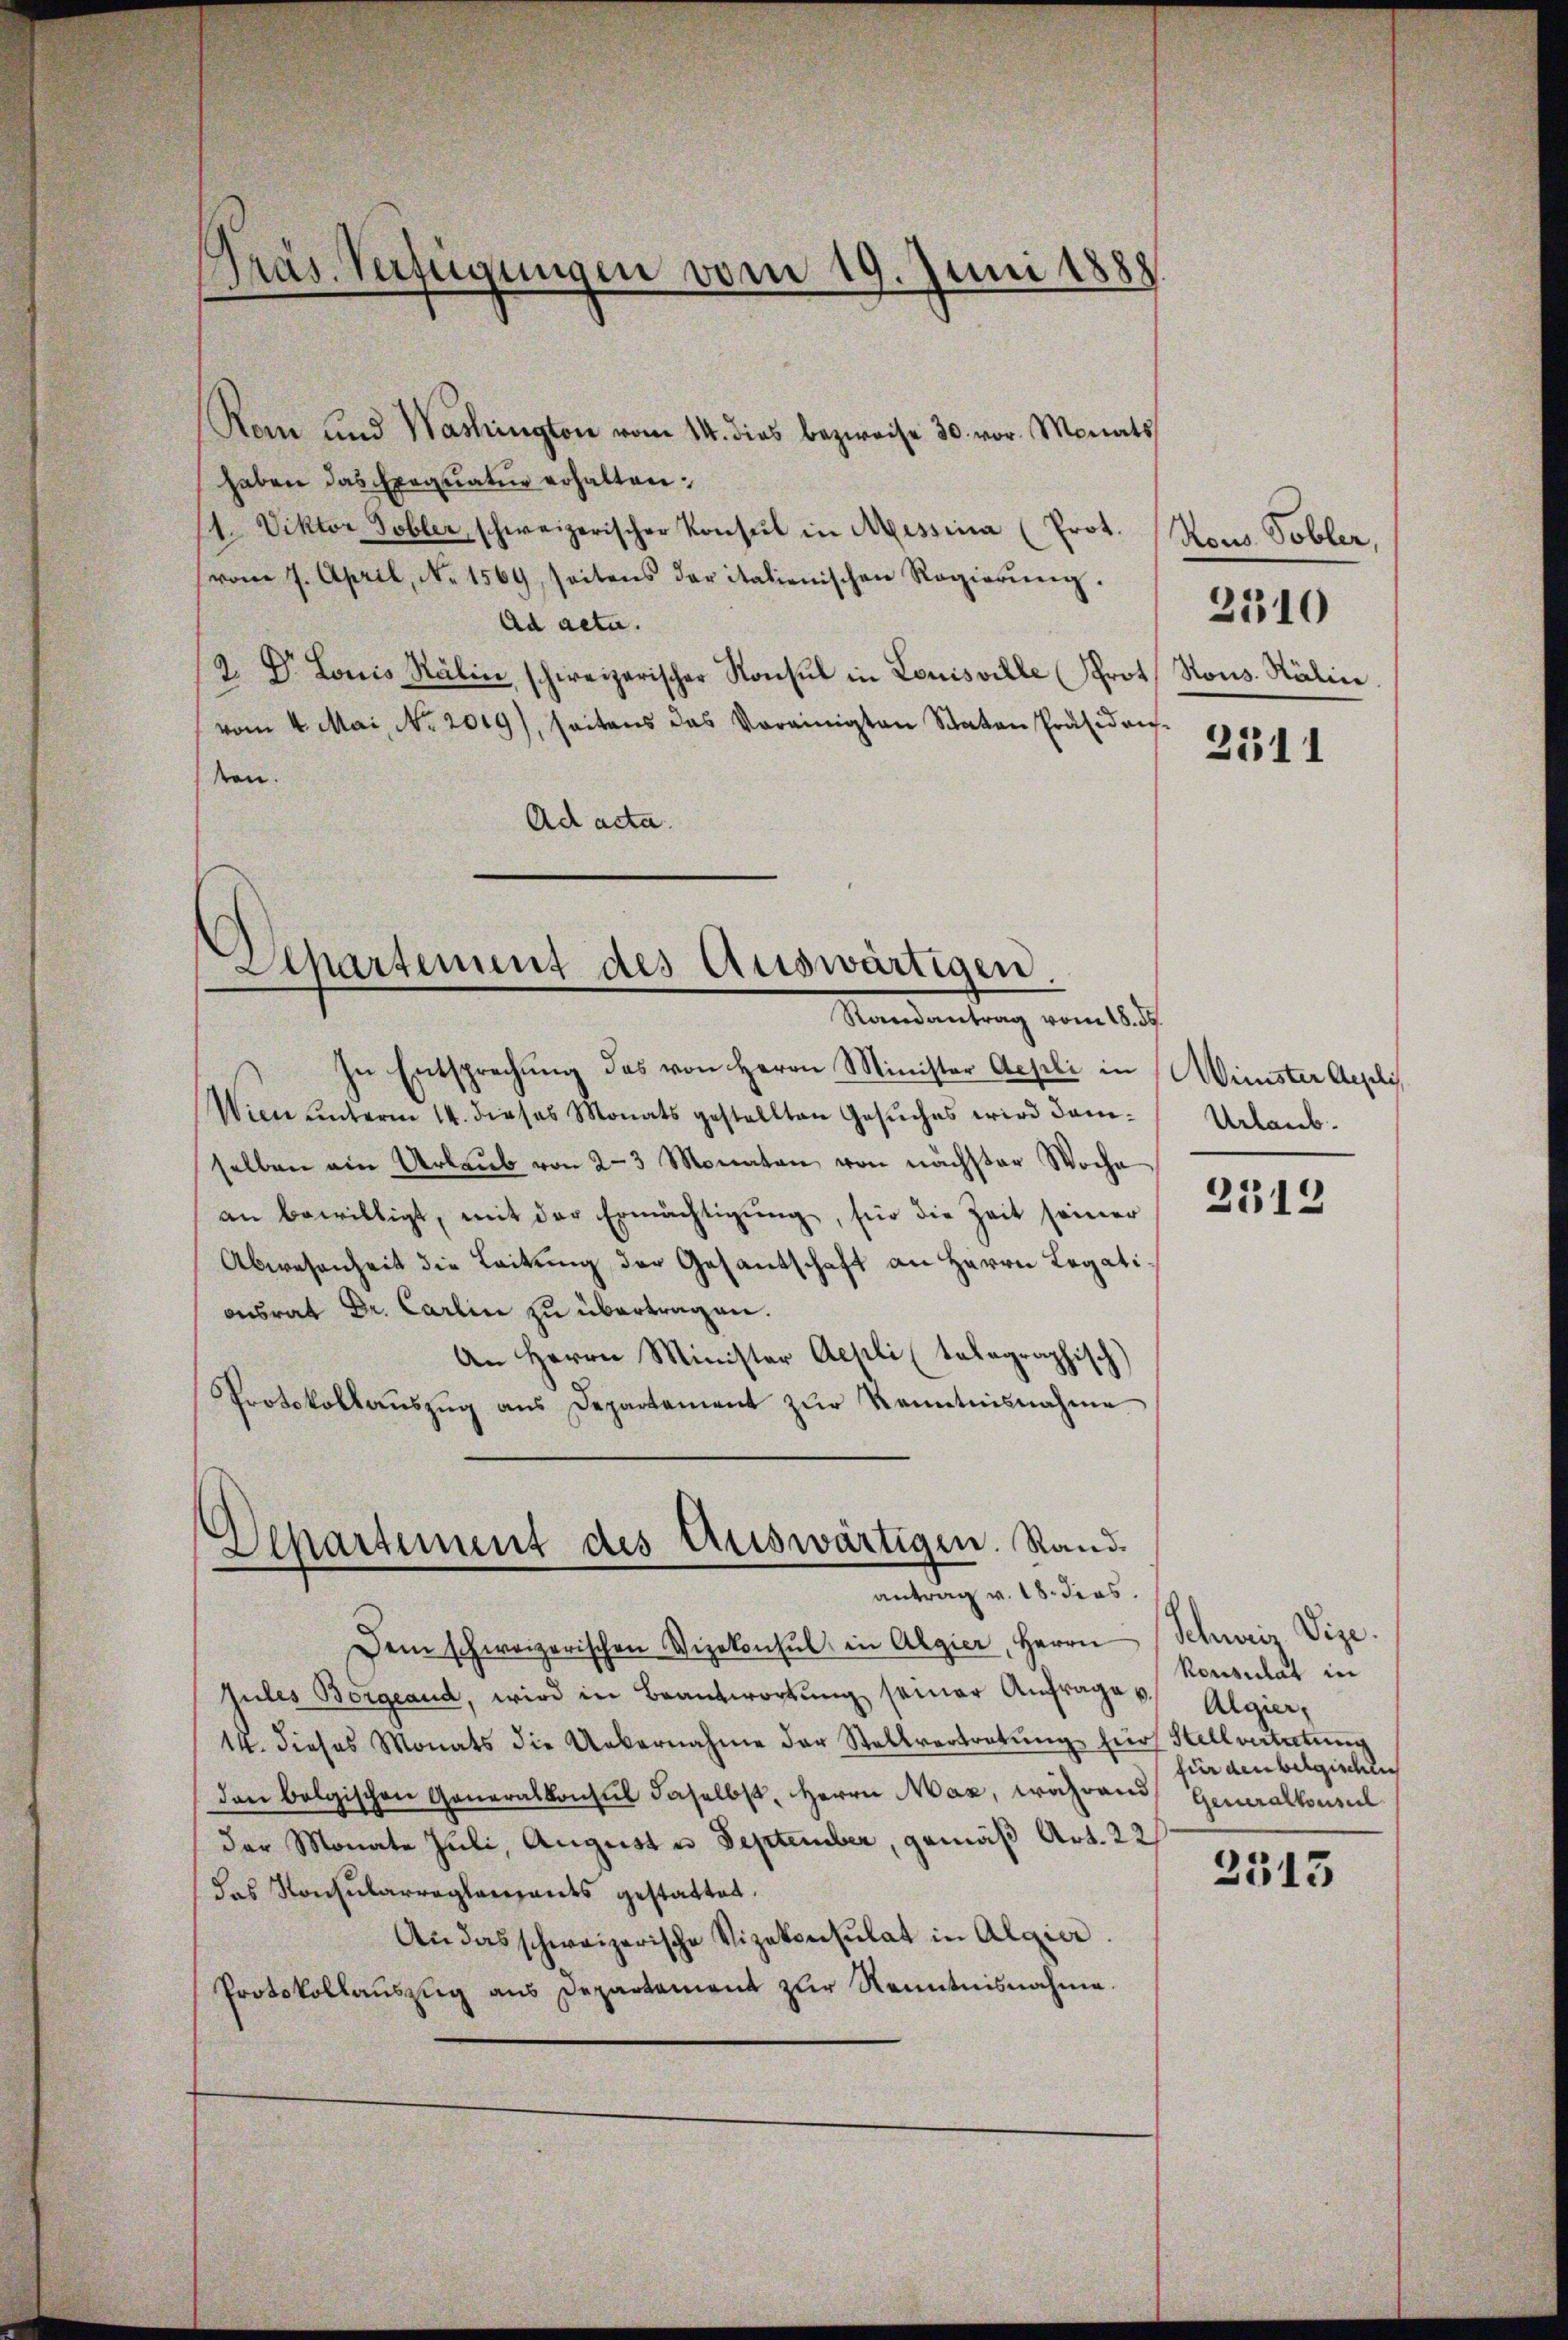
Präs. Verfügungen vom 19. Juni 1888.

Rem und Washington vom 14. dies bezweise 30. vor. Monats
haben das Exequatur erhalten:
11. Viktor Tobler, schweizerischer Konsul in Messina (Prot.
(vom 7. April, No. 1569, seitens der italienischen Regierŭng.
Ad acta.
2. Dr. Louis Kälin schweizerischer Konsul in Louisville (Prot. Kons. Käline.
vom 4. Mai, No. 2019), seitens das Vereinigten Staten Präsiden
sen.
Ad acta.

Departement des Auswärtigen.
Randantrag vom 18. 35.

In Entsprechŭng des von Herrn Minister Aepli in Minister Aepli
Wien unterm 14. dieses Monats gestellten Gesŭches wird damselben ain Urlaŭb von 2-3 Monaten von nächster Woche
an bewilligt, mit der Ermächtigŭng, für die Zeit seiner
Abwesenheit die Leitung der Gesantschaft an Herrn Legationsrat Dr. Carlin zu übertragen.
An Herrn Minister Aepli (talographisch)
Protokollaŭszŭg ans Departement zŭr Kenntnisnahme

Departement des Auswärtigen. Rand
antrag v. 18. dies s

Dem schweizerischen Vizekonsul in Algier, Herrn Schweiz Vize.
Jules Borgeaud, wird in Beantwortŭng seiner Anfrages Algier,
14. dieses Monats die Uebernahme der Stellvertretŭng für Stellvertretung
den belgischen Generalkonsul daselbst, Herrn Maz, während Generalkonsul
der Monate Juli, August u. September, gemäß Art. 22
das Konsularreglements gestattet.
An das schweizerische Vizekonsulat in Algier
Protokollauszug aus Departement zur Kenntnisnahme.

Nous Tobler,

2310

2311

Urlaub.

2312

Konsulat in
für den belgischen

3515